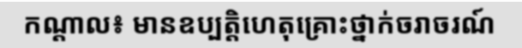
កណ្តាល៖ មានឧប្បត្តិហេតុគ្រោះថ្នាក់ចរាចរណ៍